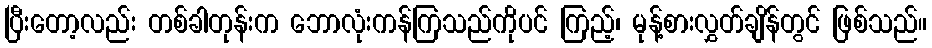
ပြီးတော့လည်း တစ်ခါတုန်းက ဘောလုံးကန်ကြသည်ကိုပင် ကြည့်၊ မုန့်စားလွှတ်ချိန်တွင် ဖြစ်သည်။